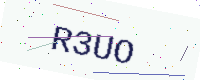
Text: R3UO